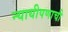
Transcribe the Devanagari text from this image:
न्यायीपणाची